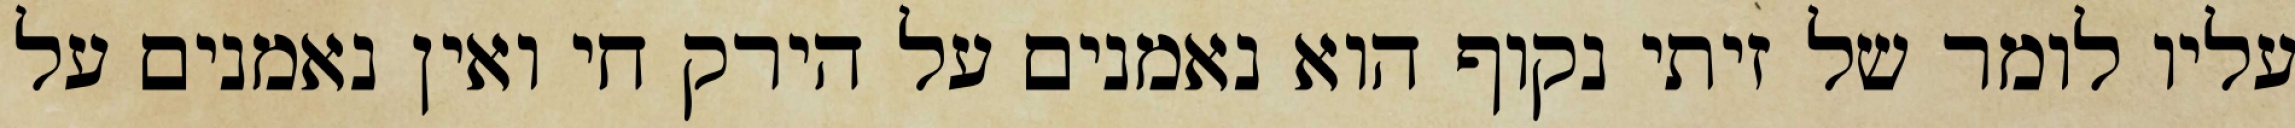
עליו לומר של זיתי נקוף הוא נאמנים על הירק חי ואין נאמנים על